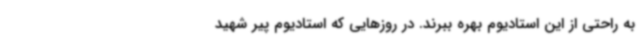
به راحتی از این استادیوم بهره ببرند. در روزهایی که استادیوم پیر شهید